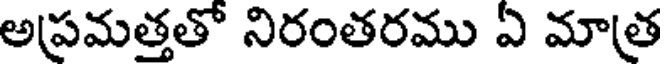
అప్రమత్తతో నిరంతరము ఏ మాత్ర